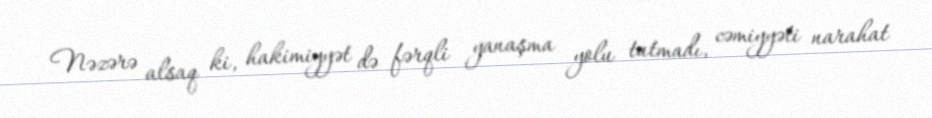
Nəzərə alsaq ki, hakimiyyət də fərqli yanaşma yolu tutmadı, cəmiyyəti narahat